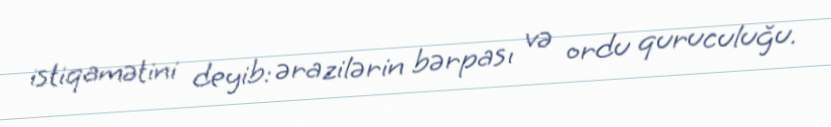
istiqamətini deyib: ərazilərin bərpası və ordu quruculuğu.